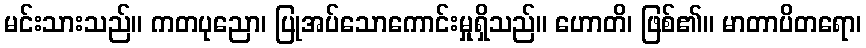
မင်းသားသည်။ ကတပုညော၊ ပြုအပ်သောကောင်းမှုရှိသည်။ ဟောတိ၊ ဖြစ်၏။ မာတာပိတရော၊